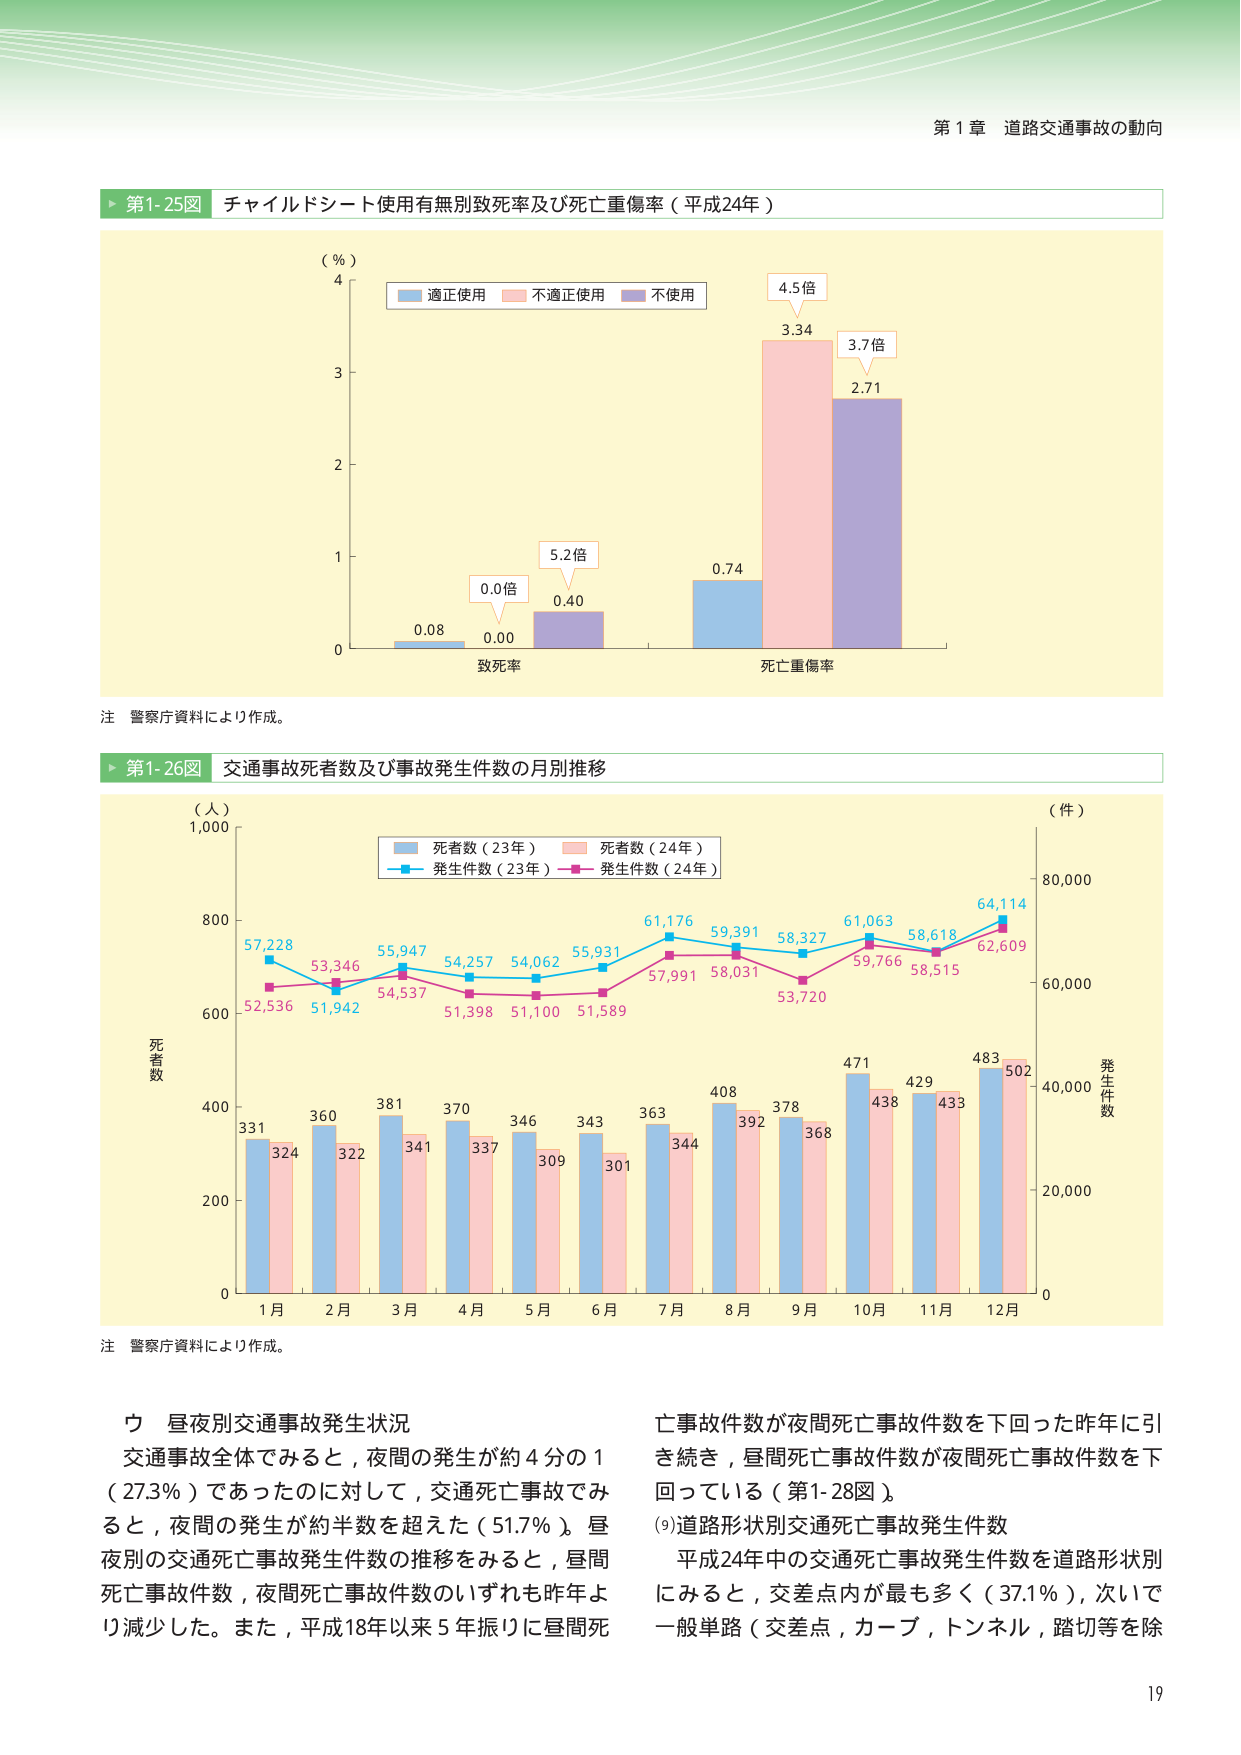
第１章 道路交通事故の動向

▶ 第1-25図 チャイルドシート使用有無別致死率及び死亡重傷率（平成24年）

（％）
4
3
2
1
0

■ 適正使用 ■ 不適正使用 ■ 不使用

0.08 0.00 0.40 0.74 3.34 2.71

致死率 死亡重傷率

5.2倍 4.5倍 3.7倍 0.0倍

注 警察庁資料により作成。

▶ 第1-26図 交通事故死者数及び事故発生件数の月別推移

（人） （件）
1,000 80,000
800 60,000
600 40,000
400 20,000
200
0 0

■ 死者数（23年） ■ 死者数（24年）
■ 発生件数（23年） ■ 発生件数（24年）

57,228 53,346 55,947 54,257 54,062 55,931 61,176 59,391 58,327 61,063 58,618 64,114
52,536 51,942 54,537 51,398 51,100 51,589 57,991 58,031 53,720 59,766 58,515 62,609

331 324 360 322 381 341 370 337 346 309 343 301 363 344 408 392 378 368 471 438 429 433 483 502

死者数 発生件数

1月 2月 3月 4月 5月 6月 7月 8月 9月 10月 11月 12月

注 警察庁資料により作成。

ウ 昼夜別交通事故発生状況
交通事故全体でみると，夜間の発生が約4分の1（27.3％）であったのに対して，交通死亡事故でみると，夜間の発生が約半数を超えた（51.7％）。昼夜別の交通死亡事故発生件数の推移をみると，昼間死亡事故件数，夜間死亡事故件数のいずれも昨年より減少した。また，平成18年以来5年振りに昼間死亡事故件数が夜間死亡事故件数を下回った昨年に引き続き，昼間死亡事故件数が夜間死亡事故件数を下回っている（第1-28図）。

(9)道路形状別交通死亡事故発生件数
平成24年中の交通死亡事故発生件数を道路形状別にみると，交差点内が最も多く（37.1％），次いで一般単路（交差点，カーブ，トンネル，踏切等を除

19